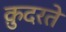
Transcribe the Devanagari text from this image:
कु़दरते